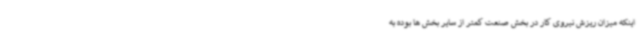
اینکه میزان ریزش نیروی کار در بخش صنعت کمتر از سایر بخش ها بوده به